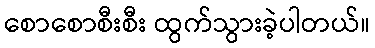
စောစောစီးစီး ထွက်သွားခဲ့ပါတယ်။